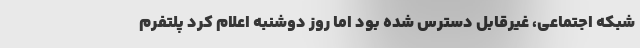
شبکه اجتماعی، غیرقابل دسترس شده بود اما روز دوشنبه اعلام کرد پلتفرم